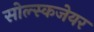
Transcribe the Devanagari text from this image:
सोल्स्कजेयर